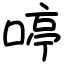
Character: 𠷥